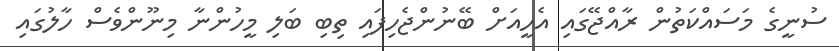
ސުނީގެ މަސައްކަތުން ރާއްޖޭގައި އެހީއަށް ބޭނުންޖެހިފައި ތިބި ބަލި މީހުންނާ މިނޫންވެސް ހާލުގައި